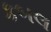
કબલ